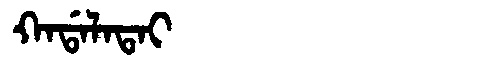
Manchu: ᡴᠠᡩᠠᠯᠠᡨᠠᡳ
Romanization: KADALATAI